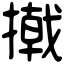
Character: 撠